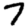
Digit: 7